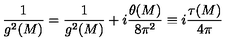
{ \frac { 1 } { g ^ { 2 } ( M ) } } = { \frac { 1 } { g ^ { 2 } ( M ) } } + i { \frac { \theta ( M ) } { 8 \pi ^ { 2 } } } \equiv i { \frac { \tau ( M ) } { 4 \pi } }